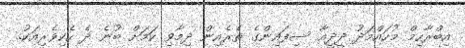
އިބްރާހިމް މުހައްމަދު ދީދީއާ ސިފައިންގެ ތެރެއިން ދިމާވި ކަމަށް ބުނެ ދެ ހެކިވެރިއަކު..